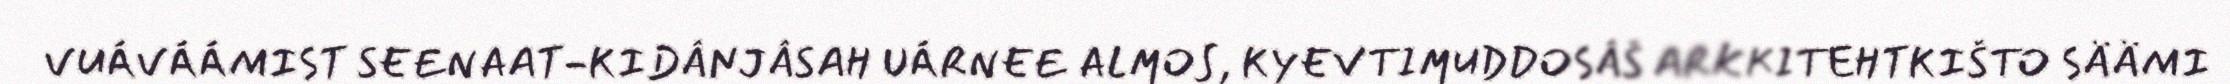
VUÁVÁÁMIST SEENAAT-KIDÂNJÂSAH UÁRNEE ALMOS, KYEVTIMUDDOSÂŠ ARKKITEHTKIŠTO SÄÄMI